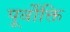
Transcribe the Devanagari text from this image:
पूर्वोक्ति